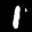
Label: 1